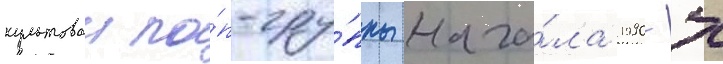
культовои по́п-гру́ппы нача́ла 1990-х